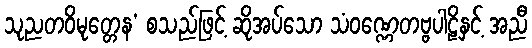
သုညတဝိမုတ္တေန’ စသည်ဖြင့် ဆိုအပ်သော သံဝဏ္ဏေတဗ္ဗပါဠိနှင့် အညီ